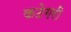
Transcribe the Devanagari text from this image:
कटेगरी